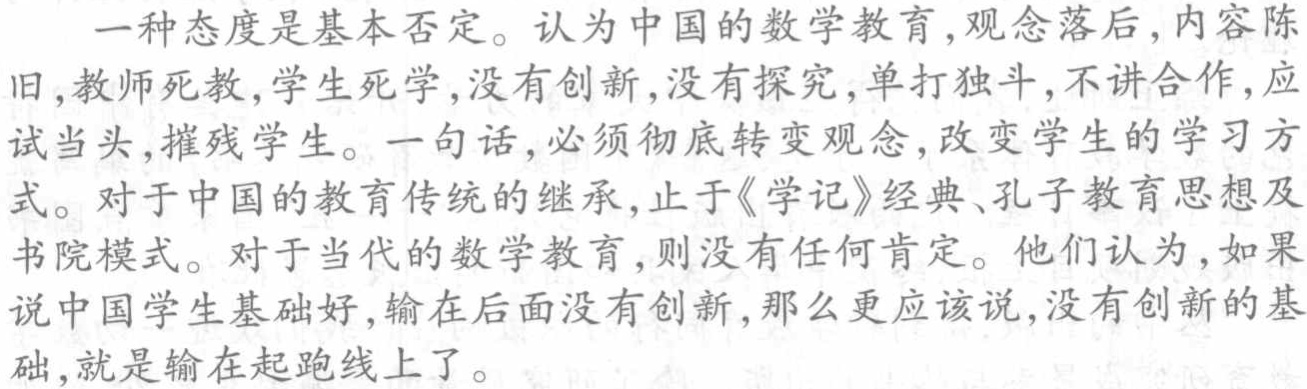
一种态度是基本否定。认为中国的数学教育,观念落后,内容陈旧,教师死教,学生死学,没有创新,没有探究,单打独斗,不讲合作,应试当头,摧残学生。一句话,必须彻底转变观念,改变学生的学习方式。对于中国的教育传统的继承,止于《学记》经典、孔子教育思想及书院模式。对于当代的数学教育,则没有任何肯定。他们认为,如果说中国学生基础好,输在后面没有创新,那么更应该说,没有创新的基础,就是输在起跑线上了。